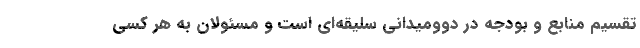
تقسیم منابع و بودجه در دوومیدانی سلیقه‌ای است و مسئولان به هر کسی